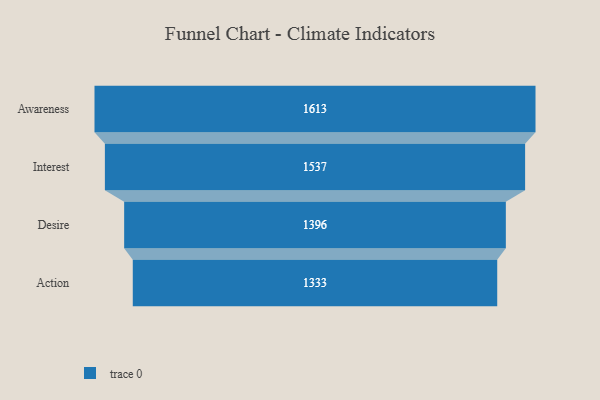
{"axis": {"x": "Stage", "y": "Value"}, "legend": [""], "data": [{"x": "Awareness", "y": 1613.0, "type": ""}, {"x": "Interest", "y": 1537.0, "type": ""}, {"x": "Desire", "y": 1396.0, "type": ""}, {"x": "Action", "y": 1333.0, "type": ""}]}